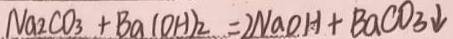
N a _ { 2 } C O _ { 3 } + B a ( O H ) _ { 2 } = 2 N a O H + B a C O _ { 3 } \downarrow